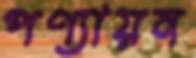
পণ্যায়ন